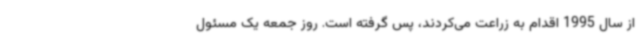
از سال 1995 اقدام به زراعت می‌کردند، پس گرفته است. روز جمعه یک مسئول